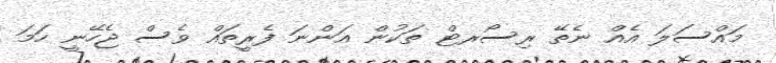
މައްސަލަ އެއް ނެތޭ ރިސޯރޓް ތަކުން އަންނަ ފެރީތައް ވެސް ޖެހޭނީ ހަމަ